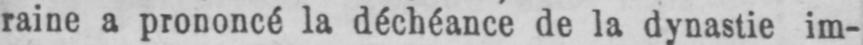
raine a prononcé la déchéance de la dynastie im-